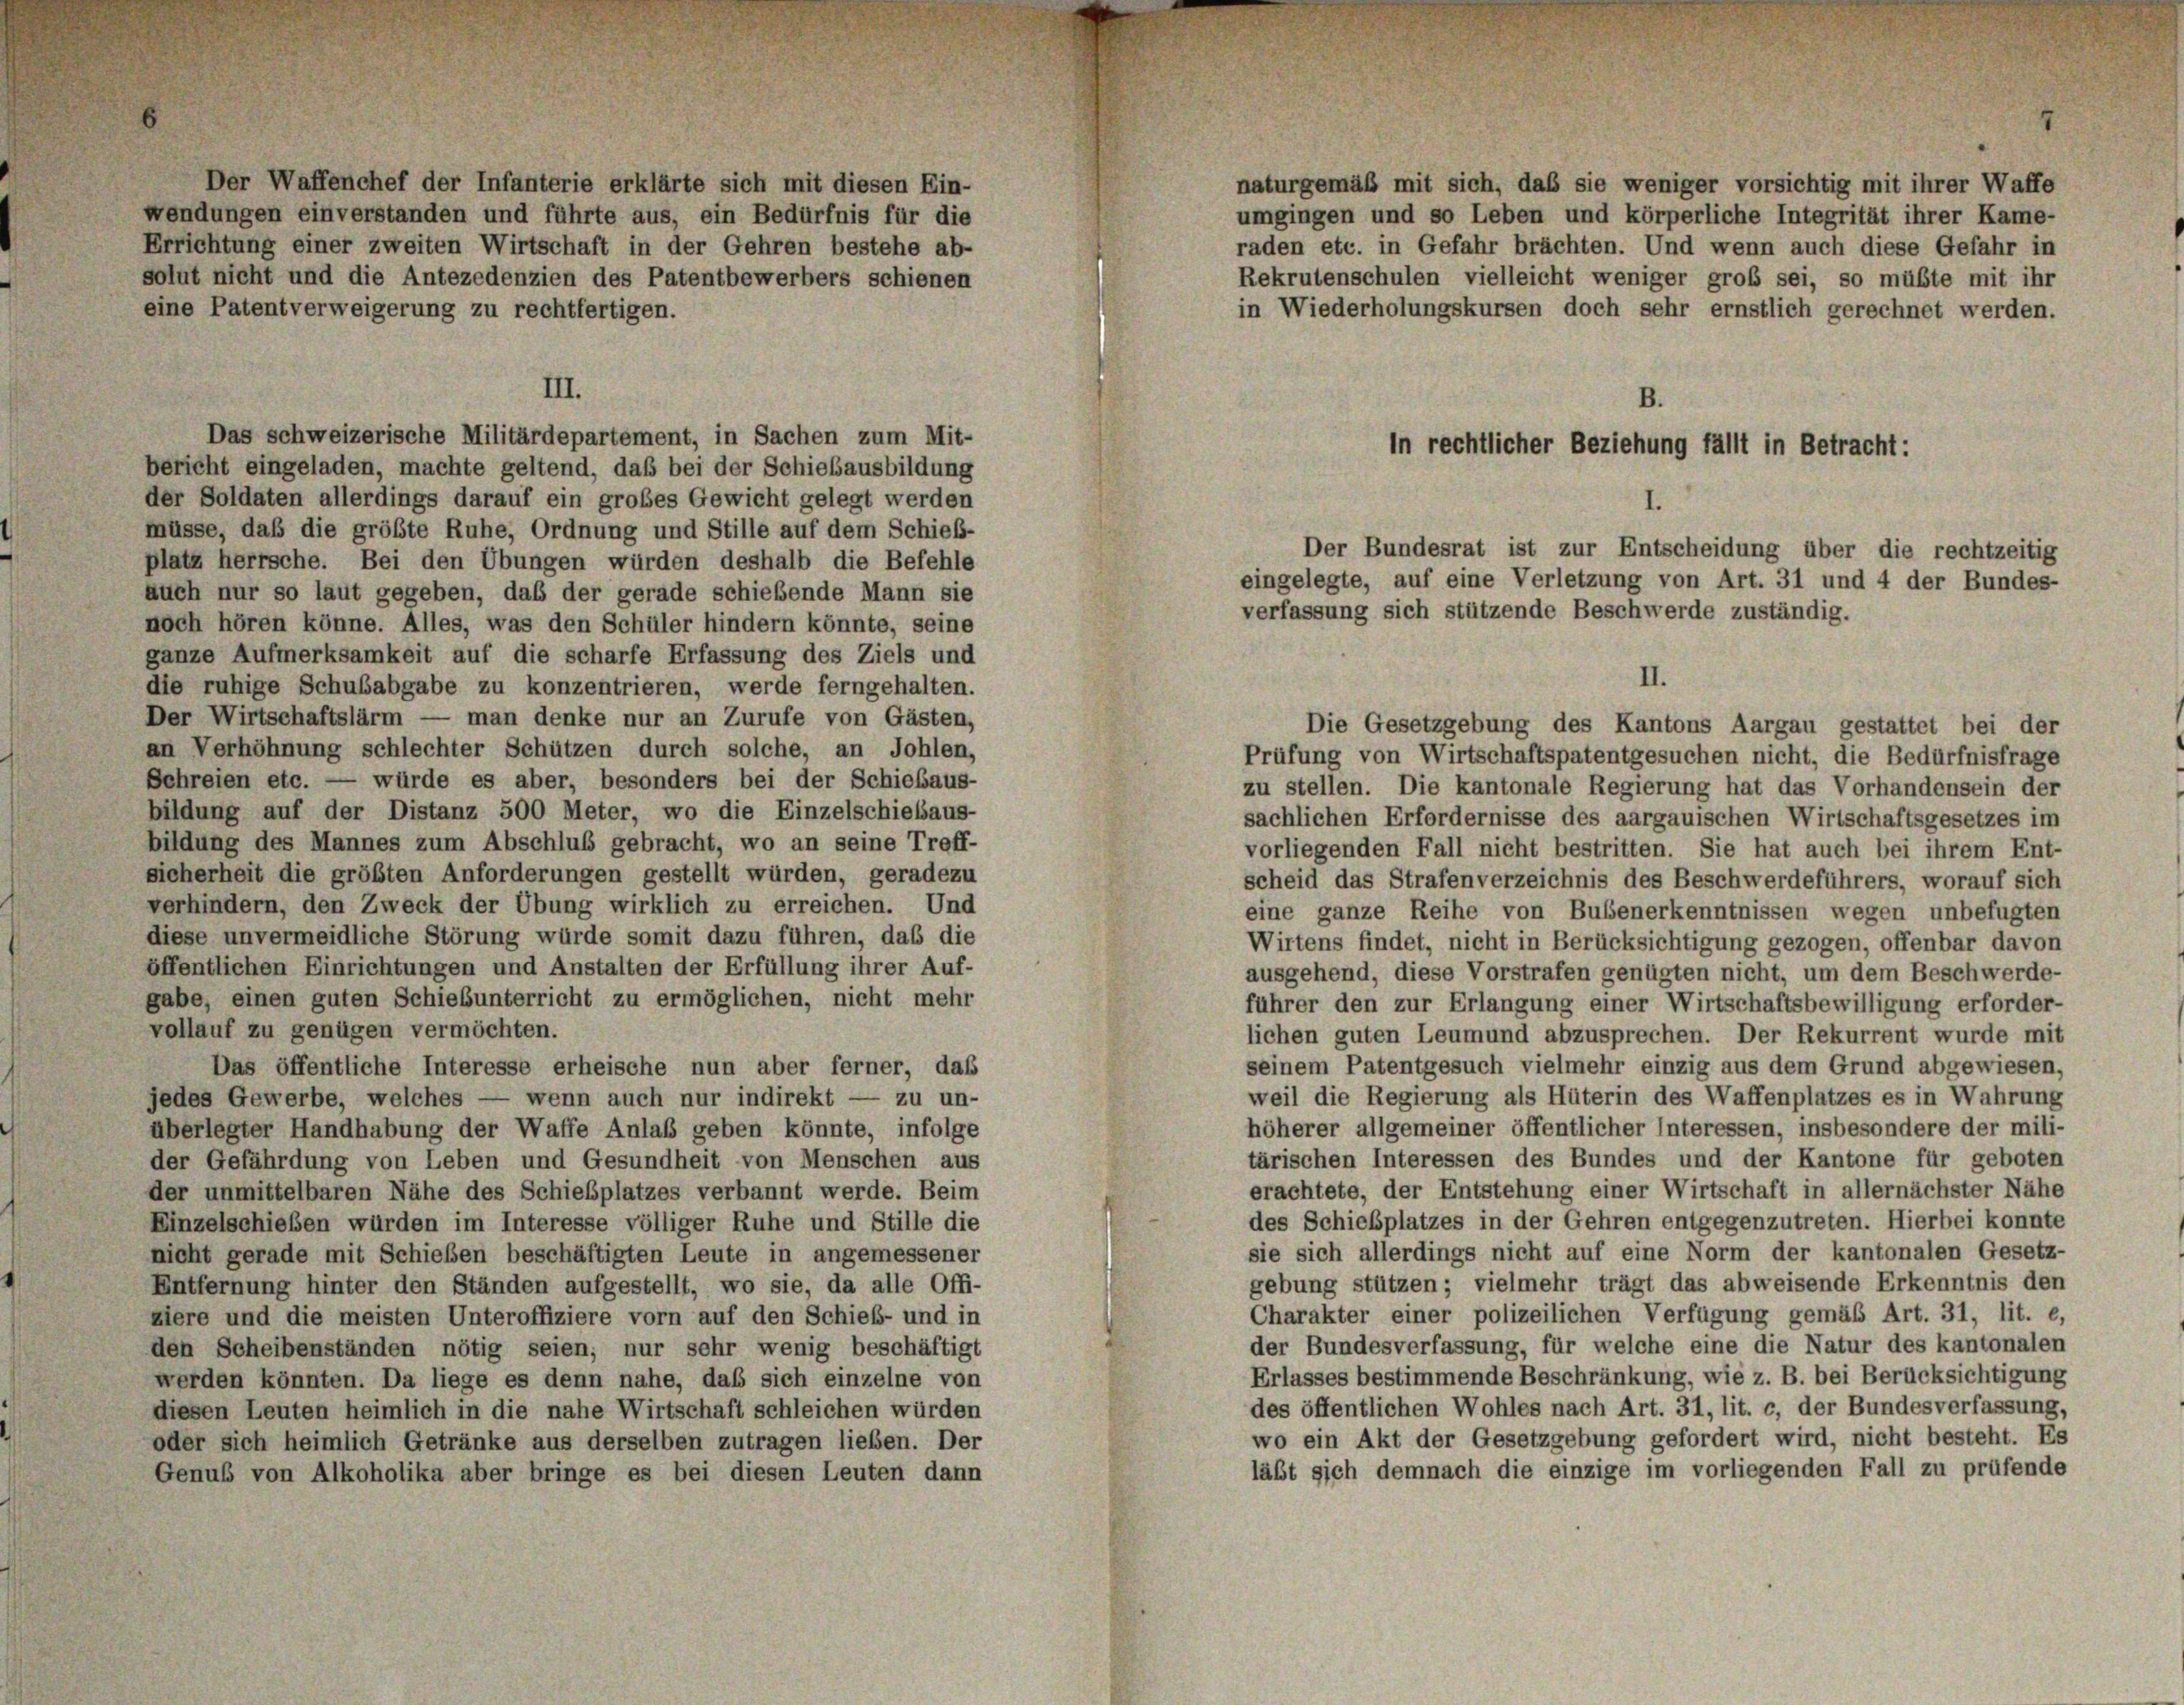
Der Waffenchef der Infanterie erklärte sich mit diesen Ein-
wendungen einverstanden und führte aus, ein Bedürfnis für die
Errichtung einer zweiten Wirtschaft in der Gehren bestehe ab-
solut nicht und die Antezedenzien des Patentbewerbers schienen
Das schweizerische Militärdepartement, in Sachen zum Mit-
bericht eingeladen, machte geltend, daß bei der Schiebausbildung
der Soldaten allerdings darauf ein großes Gewicht gelegt werden
müsse, daß die größte Ruhe, Ordnung und Stille auf dem Schieß-
platz herrsche. Bei den Übungen würden deshalb die Befehle
auch nur so laut gegeben, daß der gerade schiebende Mann sie
noch hören könne. Alles, was den Schüler hindern könnte, seine
ganze Aufmerksamkeit auf die scharfe Erfassung des Ziels und
die ruhige Schubabgabe zu konzentrieren, werde ferngehalten.
Der Wirtschaftslärm — man denke nur an Zurufe von Gästen,
an Verhöhnung schlechter Schützen durch solche, an Johlen,
Prüfung von Wirtschaftspatentgesuchen nicht, die Bedürfnisfrage
Schreien etc. — würde es aber, besonders bei der Schiebaus-
zu stellen. Die kantonale Regierung hat das Vorhandensein der
bildung auf der Distanz 500 Meter, wo die Einzelschiebaus-
sachlichen Erfordernisse des aargauischen Wirtschaftsgesetzes im
bildung des Mannes zum Abschluß gebracht, wo an seine Treff-
vorliegenden Fall nicht bestritten. Sie hat auch bei ihrem Ent-
sicherheit die größten Anforderungen gestellt würden, geradezu
scheid das Strafen verzeichnis des Beschwerdeführers, worauf sich
verhindern, den Zweck der Übung wirklich zu erreichen. Und
eine ganze Reihe von Bubenerkenntnissen wegen unbefugten
diese unvermeidliche Störung würde somit dazu führen, daß die
Wirtens findet, nicht in Berücksichtigung gezogen, offenbar davon
öffentlichen Einrichtungen und Anstalten der Erfüllung ihrer Auf-
ausgehend, diese Vorstrafen genügten nicht, um dem Beschwerde-
gabe, einen guten Schiebunterricht zu ermöglichen, nicht mehr
führer den zur Erlangung einer Wirtschaftsbewilligung erforder-
vollauf zu genügen vermöchten.
lichen guten Leumund abzusprechen. Der Rekurrent wurde mit
seinem Patentgesuch vielmehr einzig aus dem Grund abgewiesen,
Das öffentliche Interesse erheische nun aber ferner, das
weil die Regierung als Hüterin des Waffenplatzes es in Wahrung
jedes Gewerbe, welches — wenn auch nur indirekt — zu un-
höherer allgemeiner öffentlicher Interessen, insbesondere der mili-
überlegter Handhabung der Waffe Anlaß geben könnte, infolge
tärischen Interessen des Bundes und der Kantone für geboten
der Gefährdung von Leben und Gesundheit von Menschen aus
erachtete, der Entstehung einer Wirtschaft in allernächster Nähe
der unmittelbaren Nähe des Schießplatzes verbannt werde. Beim
des Schiebplatzes in der Gehren entgegenzutreten. Hierbei konnte
Einzelschieben würden im Interesse völliger Ruhe und Stille die
sie sich allerdings nicht auf eine Norm der kantonalen Gesetz-
nicht gerade mit Schieben beschäftigten Leute in angemessener
gebung stützen; vielmehr trägt das abweisende Erkenntnis den
Entfernung hinter den Ständen aufgestellt, wo sie, da alle Offi-
Charakter einer polizeilichen Verfügung gemäß Art. 31, lit. e,
ziere und die meisten Unteroffiziere vorn auf den Schieb- und in
der Bundesverfassung, für welche eine die Natur des kantonalen
den Scheibenständen nötig seien; nur sehr wenig beschäftigt
Erlasses bestimmende Beschränkung, wie z. B. bei Berücksichtigung
werden könnten. Da liege es denn nahe, das sich einzelne von
des öffentlichen Wohles nach Art. 31, lit. c, der Bundesverfassung,
diesen Leuten heimlich in die nahe Wirtschaft schleichen würden
wo ein Akt der Gesetzgebung gefordert wird, nicht besteht. Es
oder sich heimlich Getränke aus derselben zutragen lieben. Der
läßt sich demnach die einzige im vorliegenden Fall zu prüfende
Genuß von Alkoholika aber bringe es bei diesen Leuten dann

eine Patentverweigerung zu rechtfertigen.

III.

naturgemäß mit sich, daß sie weniger vorsichtig mit ihrer Waffe
umgingen und so Leben und körperliche Integrität ihrer Kame-
raden etc. in Gefahr brachten. Und wenn auch diese Gefahr in
Rekrutenschulen vielleicht weniger groß sei, so müßte mit ihr
in Wiederholungskursen doch sehr ernstlich gerechnet werden.

B.
in rechtlicher Beziehung fällt in Betracht:
Der Bundesrat ist zur Entscheidung über die rechtzeitig
eingelegte, auf eine Verletzung von Art. 31 und 4 der Bundes-
verfassung sich stützende Beschwerde zuständig.

II.
Die Gesetzgebung des Kantons Aargau gestattet bei der